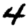
Digit: 4